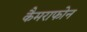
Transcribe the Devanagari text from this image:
कैमराफोन